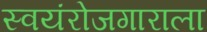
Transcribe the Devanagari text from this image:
स्वयंरोजगाराला